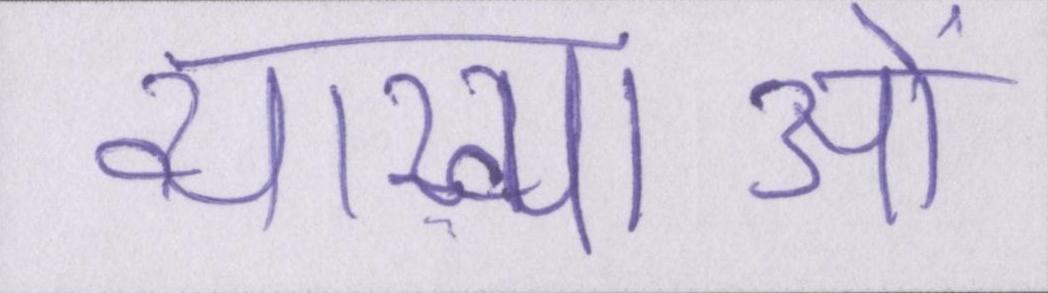
व्याख्याओं